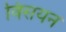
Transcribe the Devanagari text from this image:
विसयन